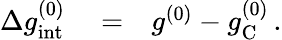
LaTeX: \begin{array}{rlr}{\Delta g_{\mathrm{int}}^{(0)}}&{{}=}&{g^{(0)}-g_{\mathrm{C}}^{(0)}\, .}\end{array}